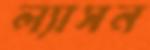
ল্যাসন